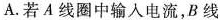
A. 若 A 线圈中输入电流，B 线